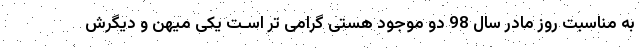
به مناسبت روز مادر سال 98 دو موجود هستی گرامی تر اسـت یکی میهن و دیگرش